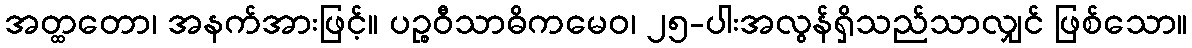
အတ္ထတော၊ အနက်အားဖြင့်။ ပဉ္စဝီသာဓိကမေဝ၊ ၂၅-ပါးအလွန်ရှိသည်သာလျှင် ဖြစ်သော။